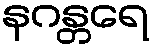
နဂန္တရေ